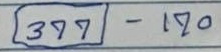
(377) - 170